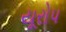
યૂરોપ